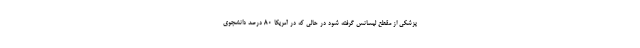
پزشکی از مقطع لیسانس گرفته شود در حالی که در آمریکا ۸۰ درصد دانشجوی